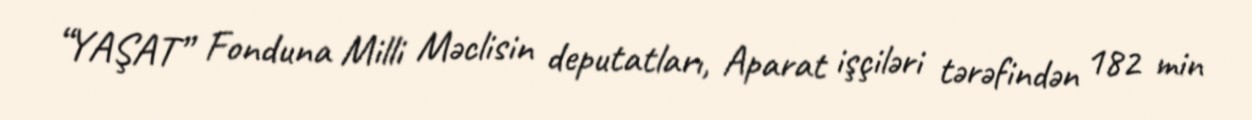
“YAŞAT” Fonduna Milli Məclisin deputatları, Aparat işçiləri tərəfindən 182 min